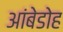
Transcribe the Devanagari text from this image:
आंबेडोह